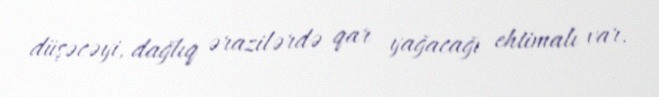
düşəcəyi, dağlıq ərazilərdə qar yağacağı ehtimalı var.